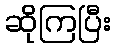
ဆိုကြပြီး